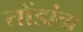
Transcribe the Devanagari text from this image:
तोंडांचा